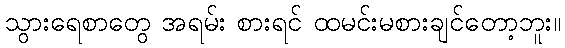
သွားရေစာတွေ အရမ်း စားရင် ထမင်းမစားချင်တော့ဘူး။